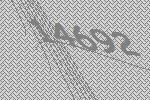
14692